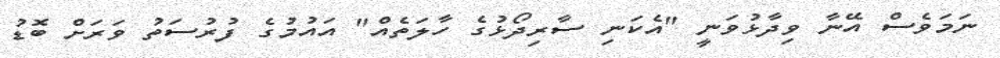
ނަމަވެސް އޭނާ ވިދާޅުވަނީ "އެކަނި ސާރިދޯޅުގެ ހާލަތެއް" އައުމުގެ ފުރުސަތު ވަރަށް ބޮޑު